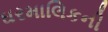
ઘરમાલિકની